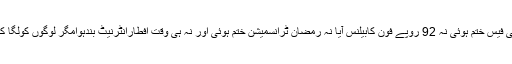
نہ ہی اسکولوں میں جون جولائی کی فیس ختم ہوئی نہ 92 روپے فون کابیلنس آیا نہ رمضان ٹرانسمیشن ختم ہوئی اور نہ ہی وقت افطارانٹرنیٹ بندہوامگر لوگوں کولگا کہ اب کچھ ہوگالیکن ہوا ککھ وی نا۔